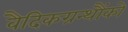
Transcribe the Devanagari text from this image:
वैदिकग्रन्थौंको